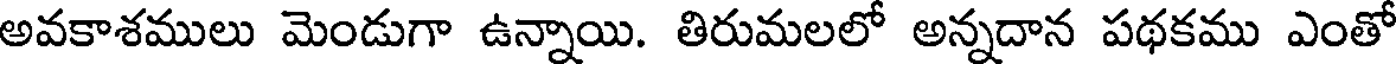
అవకాశములు మెండుగా ఉన్నాయి. తిరుమలలో అన్నదాన పథకము ఎంతో